65_HS1-834228961_62-HQ-83894_Section_1
Agency: FBI
Page 28
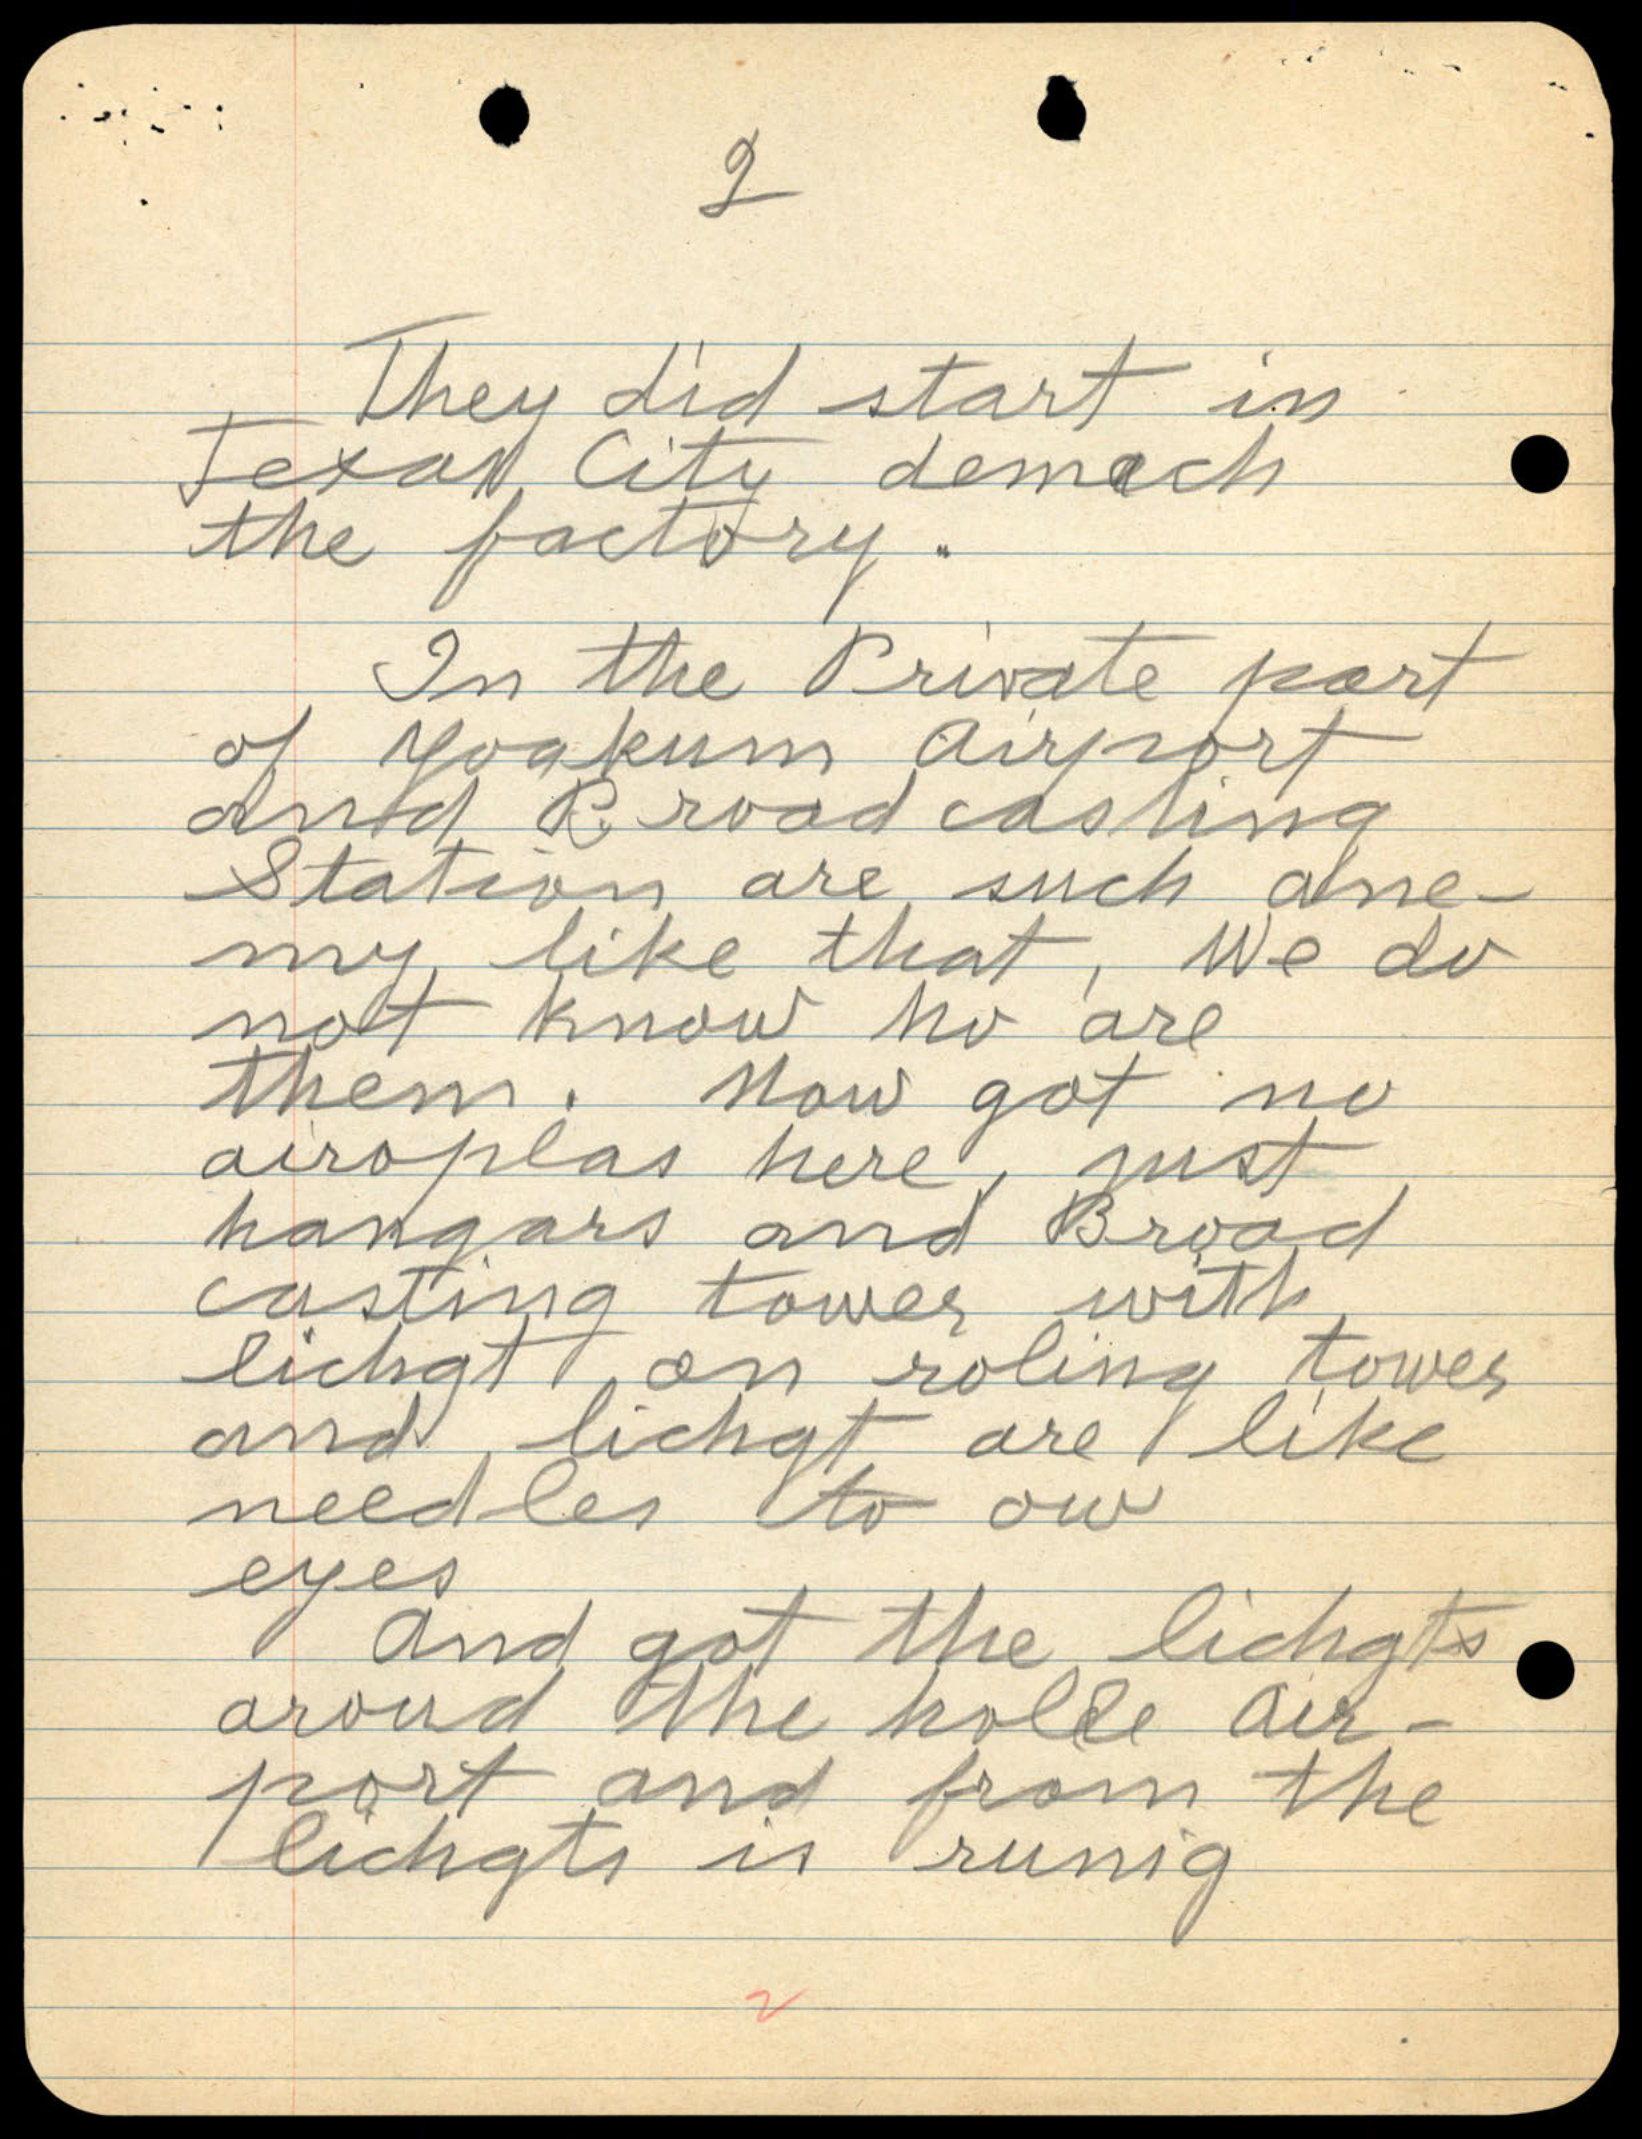